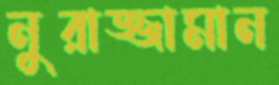
নুরাজ্জামান